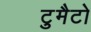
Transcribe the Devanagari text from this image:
टुमैटो